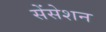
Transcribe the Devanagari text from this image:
सेंसेशन